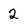
Character: 2